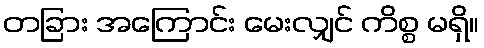
တခြား အကြောင်း မေးလျှင် ကိစ္စ မရှိ။